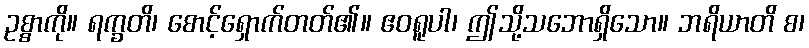
ဥစ္စာကို။ ရက္ခတိ၊ စောင့်ရှောက်တတ်၏။ ဧဝရူပါ၊ ဤသို့သဘောရှိသော။ ဘရိယာတိ စ၊